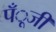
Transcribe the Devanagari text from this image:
पँूजी